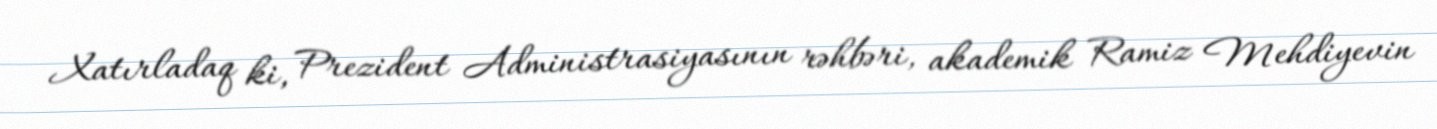
Xatırladaq ki, Prezident Administrasiyasının rəhbəri, akademik Ramiz Mehdiyevin